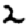
Digit: 2